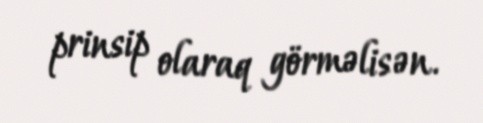
prinsip olaraq görməlisən.